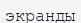
экранды